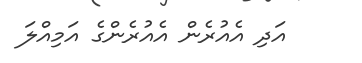
އަދި އެއުރެން އެއުރެންގެ އަމިއްލަ